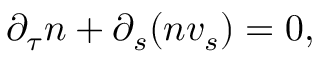
\partial _ { \tau } n + \partial _ { s } { \left( n v _ { s } \right) } = 0 ,